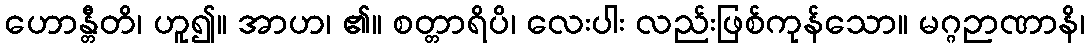
ဟောန္တီတိ၊ ဟူ၍။ အာဟ၊ ၏။ စတ္တာရိပိ၊ လေးပါး လည်းဖြစ်ကုန်သော။ မဂ္ဂဉာဏာနိ၊